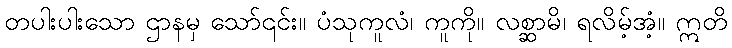
တပါးပါးသော ဌာနမှ သော်၎င်း။ ပံသုကူလံ၊ ကူကို။ လစ္ဆာမိ၊ ရလိမ့်အံ့။ ဣတိ